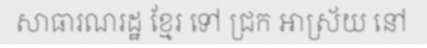
សាធារណរដ្ឋ ខ្មែរ ទៅ ជ្រក អាស្រ័យ នៅ